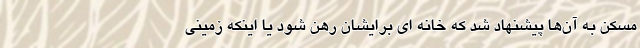
مسکن به آن‌ها پیشنهاد شد که خانه ای برایشان رهن شود یا اینکه زمینی